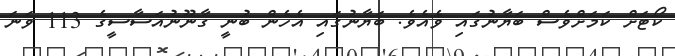
ކޯޓަށް ކަމަށްވެސް ބަޔާނުގައި ވެއެވެ. ބަޔާނުގައި އެހެން ބުނީ ގާނޫނުއަސާސީގެ 113 ވަނަ